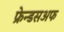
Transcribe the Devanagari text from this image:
फ्रेन्डसअफ